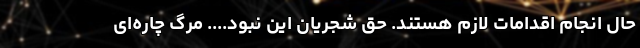
حال انجام اقدامات لازم هستند. حق شجریان این نبود.... مرگ چاره‌ای